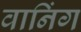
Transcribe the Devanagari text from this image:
वानिंग